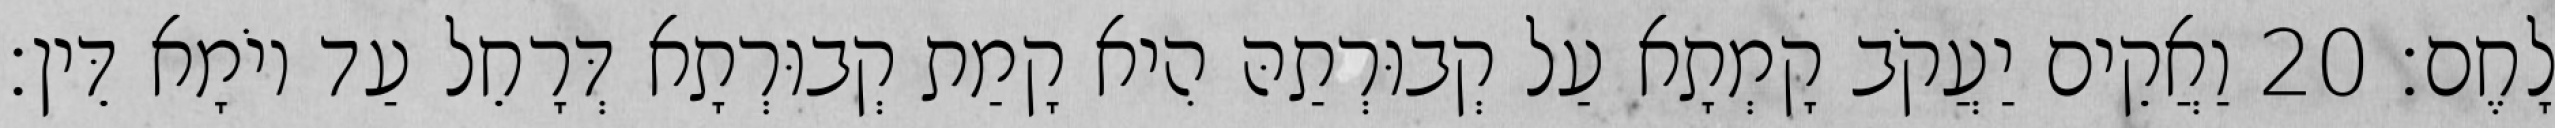
לָחֶם׃ 20 וַאֲקֵים יַעֲקֹב קָמְתָא עַל קְבוּרְתַהּ הִיא קָמַת קְבוּרְתָא דְּרָחֵל עַד יוֹמָא דֵּין׃